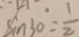
\sin 3 0 ^ { \circ } = \frac { 1 } { 2 }